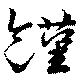
饉